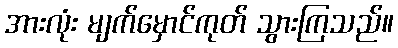
အားလုံး မျက်မှောင်ကုတ် သွားကြသည်။